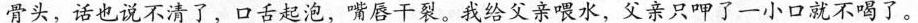
骨头，话也说不清了，口舌起泡，嘴唇干裂。我给父亲喂水，父亲只呷了一小口就不喝了。